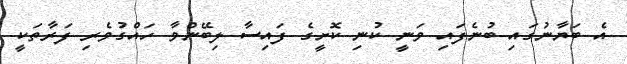
އެ ބަޔާނުގައި ބުނެފައި ވަނީ ކުނި ކޮށީގެ ފައިސާ ލިބޭންވާ ހައްގުވެރި ފަރާތަކީ